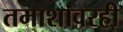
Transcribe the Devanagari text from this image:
तमाशावरही